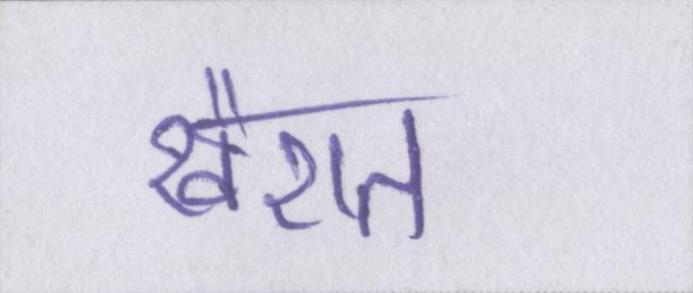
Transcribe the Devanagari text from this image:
खैरात